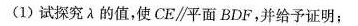
(1)试探究λ的值，使CE \parallel 平面BDF，并给予证明；